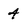
Character: 4